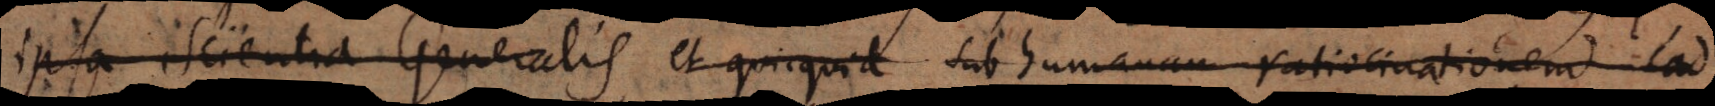
ipsa scientia Generalis et quicquid sub humanam ratiocinationem cad